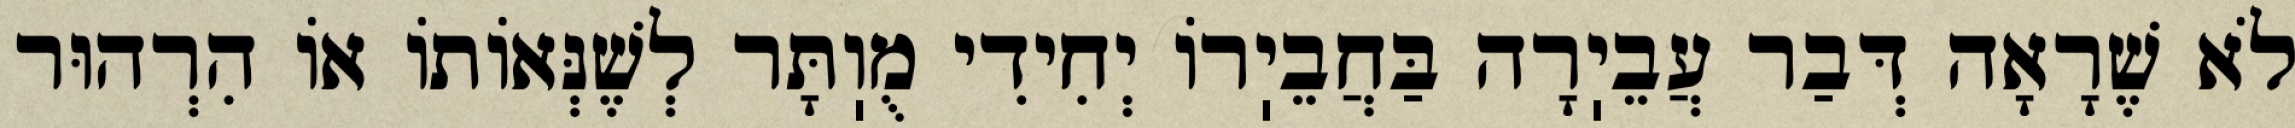
לֹא שֶׁרָאָה דְּבַר עֲבֵיֽרָה בַּחֲבֵיֽרוֹ יְחִידִי מֻוֽתָּר לְשֶׁנְּאוֹתוֹ אוֹ הִרְהוּר